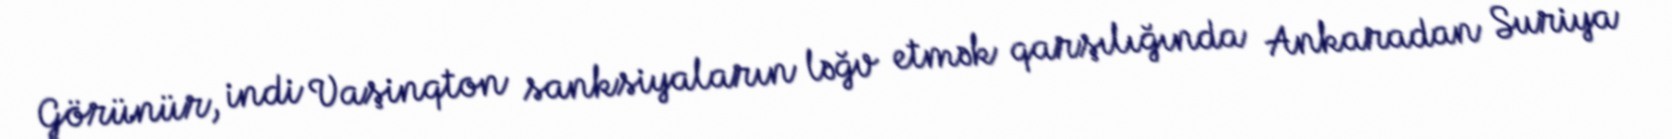
Görünür, indi Vaşinqton sanksiyaların ləğv etmək qarşılığında Ankaradan Suriya